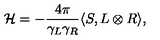
{ \cal H } = - { \frac { 4 \pi } { \gamma _ { L } \gamma _ { R } } } \langle S , L \otimes R \rangle ,